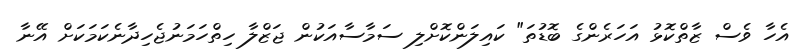
އެހާ ވެސް ޒާތްކޮޅު އަހަރެންގެ ބޮޑުތަ" ކައިލަންކޮށްލި ސަމާސާއަކުން ޖަޒްލާ ހިތްހަމަނުޖެހިދާނެކަމަކަށް އޭނާ